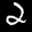
Label: 2